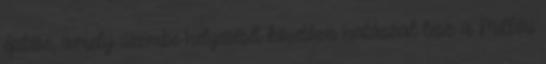
építése, amely üzembe helyezését követõen hatással lesz a Milléri